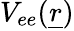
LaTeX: V_{ee}(\underline{{r}})